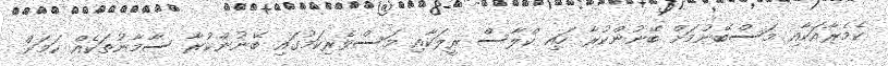
ކެމެރާއަކާއި މަސްބޭނުމަށް ބޭނުންކުރާ ހައި ކްލާސް ރީލަކާއި މަސްވެރިކަމުގައި ބޭނުންކުރާ ސާމާނުތަކެއް ކަމަށް